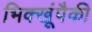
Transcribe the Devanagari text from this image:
भिक्खूंपैकी